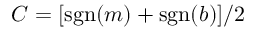
C = [ \mathrm { s g n } ( m ) + \mathrm { s g n } ( b ) ] / 2